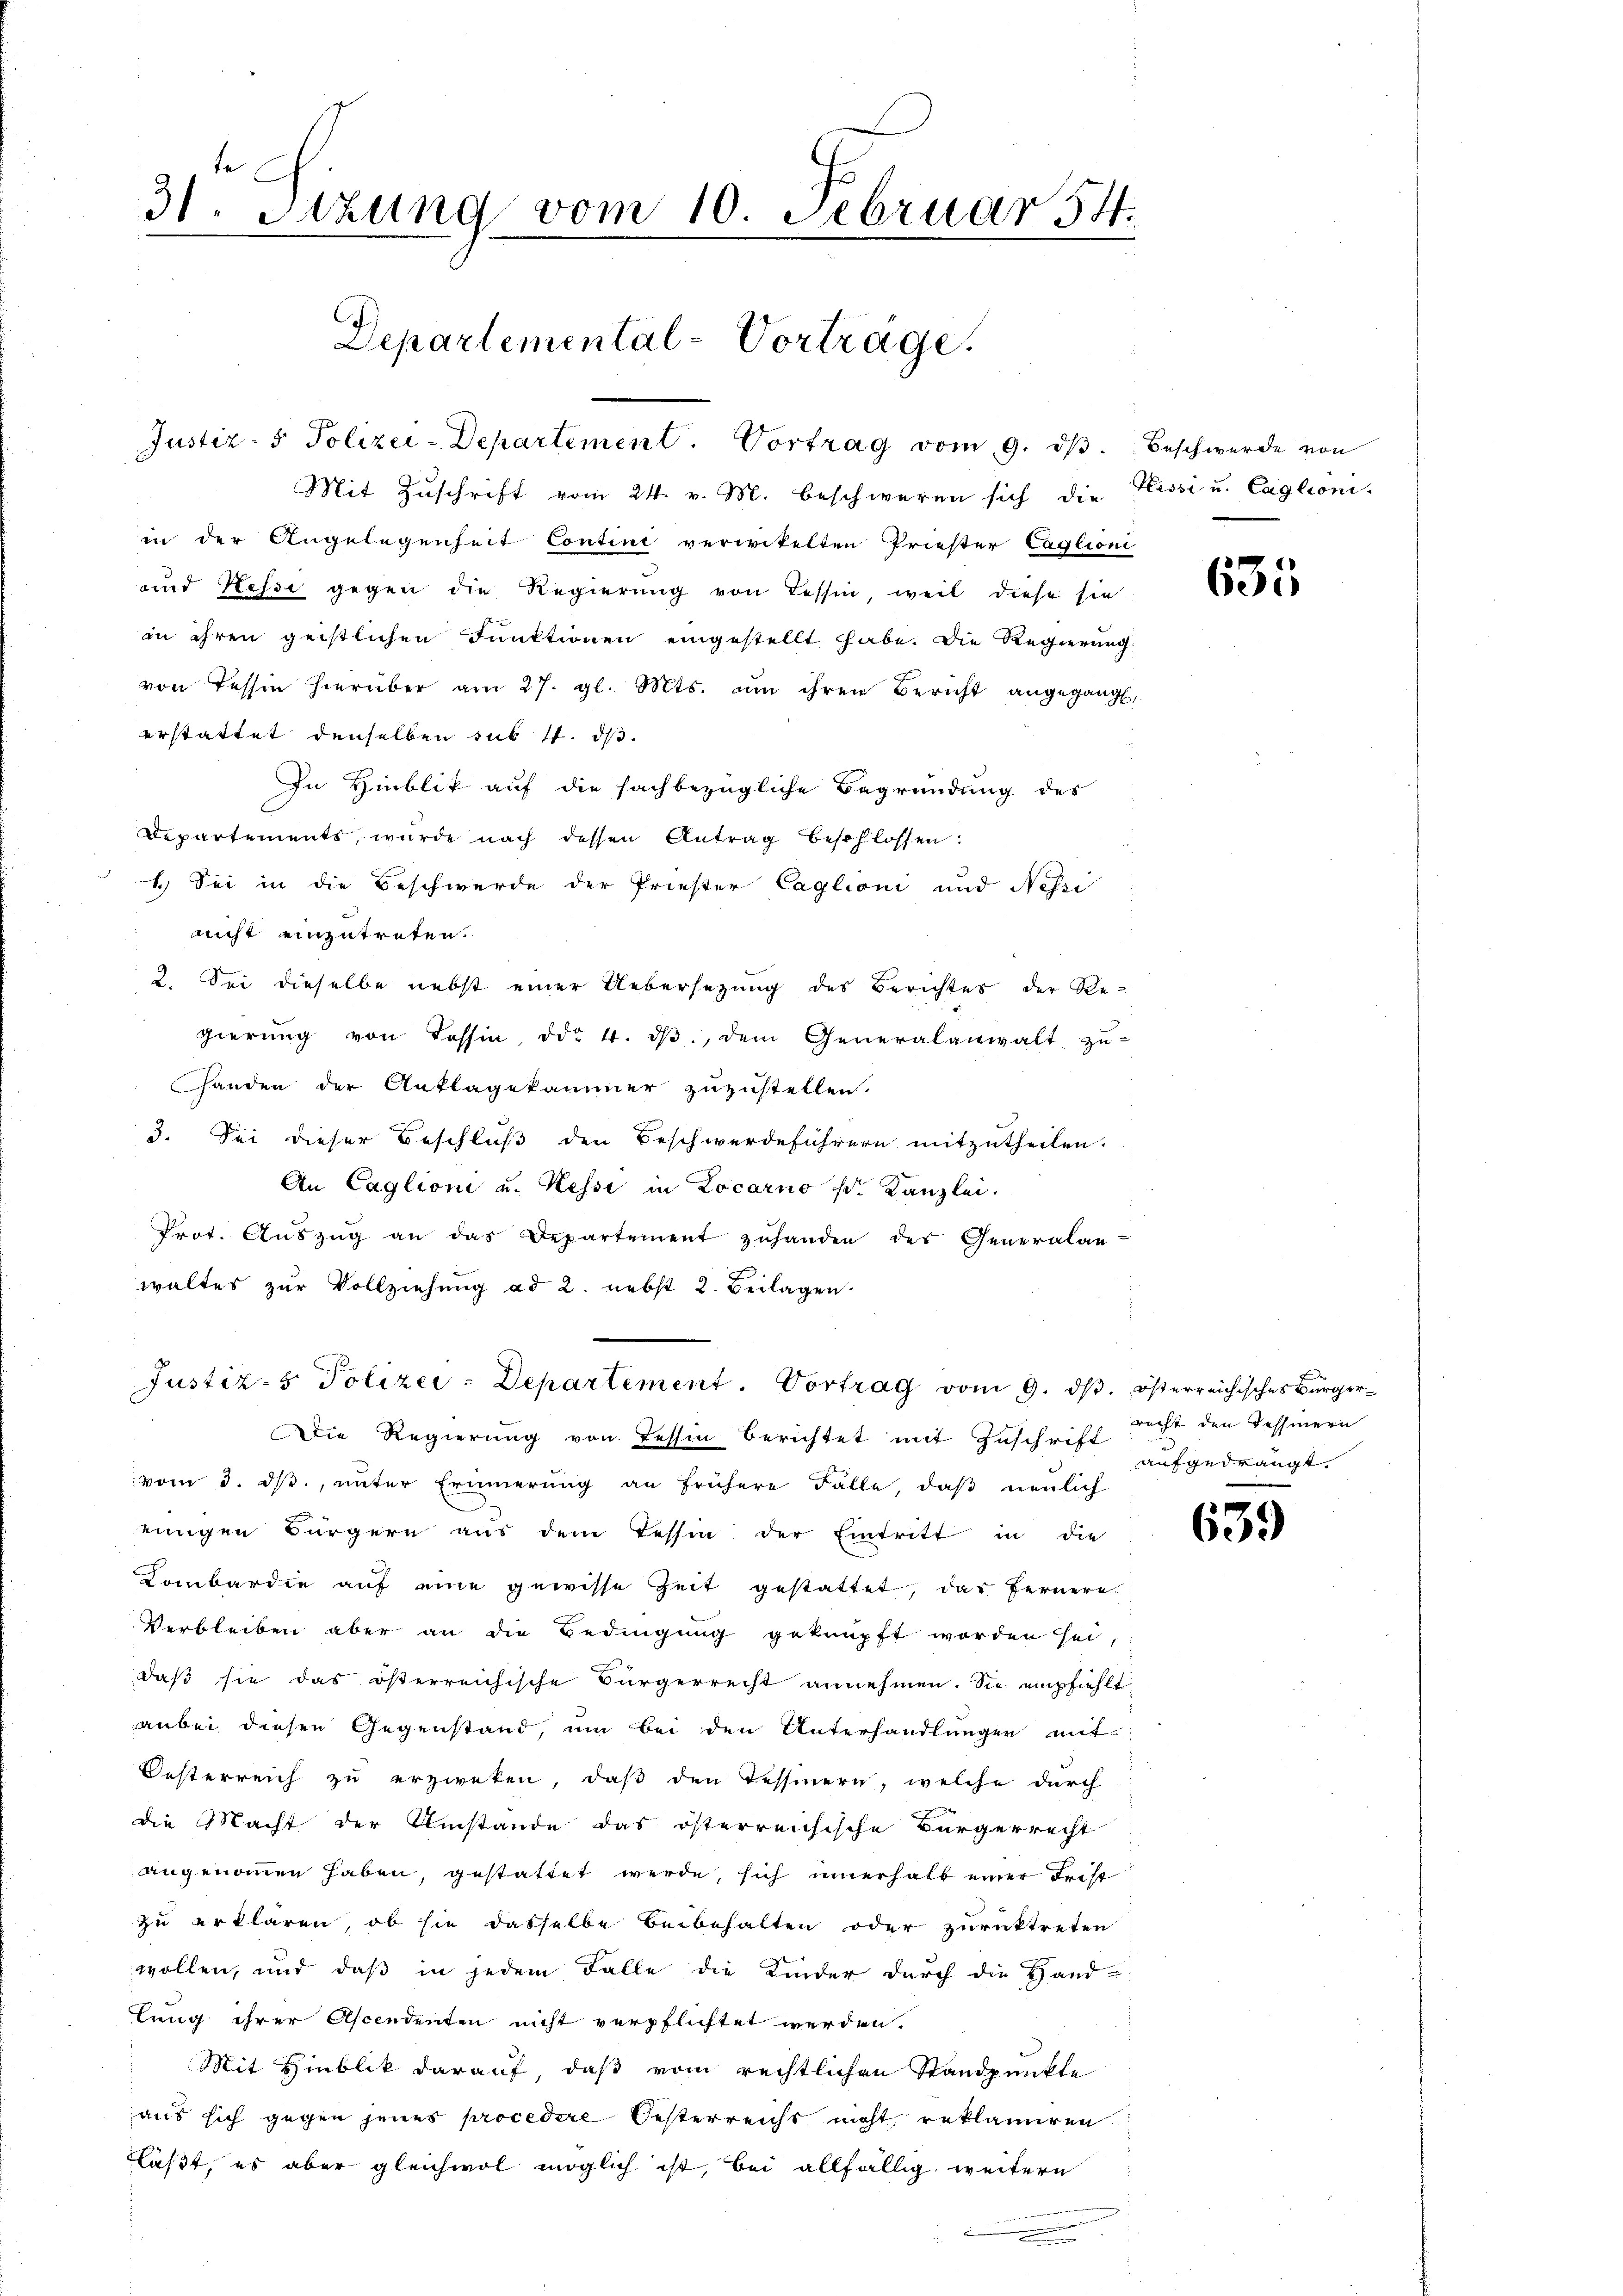
te
31. Sitzung vom 10. Februar 54.
Departemental-Vorträge.

Justiz- & Polizei-Departement. Vortrag vom 9. dβ. Beschwerde von
Mit Zuschrift vom 24. v. M. beschweren sich die Kissi u. Caglioni-
in der Angelegenheit Contini verwikelten Priester Caglioni
und Hesse gegen die Regierŭng von Tessin weil diese sie
in ihren geistlichen Funktionen eingestellt habe. Die Regierung
von Tessin hierüber am 27. gl. Mts. um ihren Bericht angegang.
erstattet denselben sub 14. ds.
In Hinblik auf die sachbezügliche Begründung des
Departements, wurde nach dessen Antrag beschlossen:
1.) Sei in die Beschwerde der Priester Caglioni und Nessi
nicht einzutreten.
2. Sei dieselbe nebst einer Uebersetzung des Berichtes der Re-
gierung von Tessin od. 4. dβ, dem Generalanwalt zu-
Handen der Auflagekammer zuzustellen.
3. Sei dieser Beschluß den Beschwerdeführern mitzutheilen.
An Caglioni u. Kessi in Locarno d. Kanzlei.
Prot. Aŭszŭg an das Departement zuhanden des Generalan-
waltes zur Vollziehung ad 2. nebst 2. Beilagen.
Justiz- & Polizei-Departement. Vortrag vom 9. ds. österreichisches Bürger¬
Die Regierung von Tessin berichtet mit Zuschrift recht den Tessinern
vom 3. dβ, unter Erinnerung an frühere Falle, daβ neulich
einigen Bürgern aus dem Tessin der Eintritt in die
Lombardie auf eine gewisse Zeit gestattet, das fernere
Verbleiben aber an die Bedingung geknüpft worden sei
daß sie das österreichische Bürgerrecht annehmen. Sie empfiehlt
anbei diesen Gegenstand, um bei den Unterhandlungen mit
Oesterreich zu erzweken, daß den Tessinern, welche durch
die Macht der Umstände das österreichische Bürgerrecht
angenommen haben, gestattet werde, sich innerhalt einer Frist
zu erklären, ob sie dasselbe Beibehalten oder zurücktreten
wollen, und daß in jedem Falle die Kinder durch die Hand-
lung ihrer Ascendenten nicht verpflichtet werden.
Mit Hinblik darauf, daß vom rechtlichen Standpunkte
aus sich gegen jenes procedere Oesterreicht nicht reklamiren
läßt, es aber gleichwol möglich ist, bei allfällig, weitern

635

aufgedrängt.

639